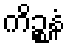
ကိဉ္စနံ